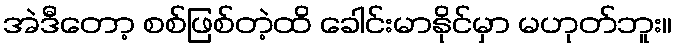
အဲဒီတော့ စစ်ဖြစ်တဲ့ထိ ခေါင်းမာနိုင်မှာ မဟုတ်ဘူး။